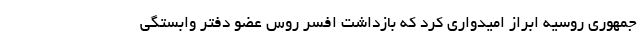
جمهوری روسیه ابراز امیدواری کرد که بازداشت افسر روس عضو دفتر وابستگی